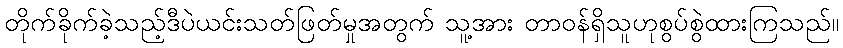
တိုက်ခိုက်ခဲ့သည့်ဒီပဲယင်းသတ်ဖြတ်မှုအတွက် သူ့အား တာဝန်ရှိသူဟုစွပ်စွဲထားကြသည်။